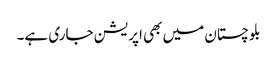
بلوچستان میں بھی اپریشن جاری ہے۔